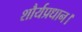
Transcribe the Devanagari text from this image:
शौर्यप्रधान।